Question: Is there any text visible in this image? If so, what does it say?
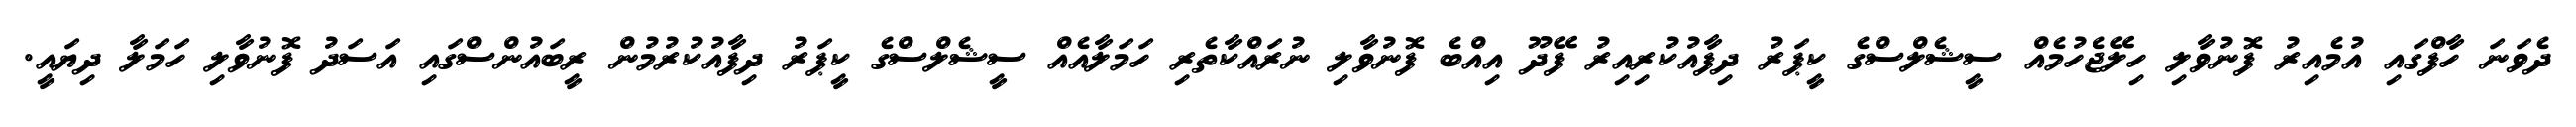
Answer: ދެވަނަ ހާފްގައި އުމެއިރު ފޮނުވާލި ހިލޭޖެހުމެއް ސީޝެލްސްގެ ކީޕަރު ދިފާއުކުރިއިރު ފޭދޫ އިއްބެ ފޮނުވާލި ނުރައްކާތެރި ހަމަލާއެއް ސީޝެލްސްގެ ކީޕަރު ދިފާއުކުރުމުން ރީބައުންސްގައި އަސަދު ފޮނުވާލި ހަމަލާ ދިޔައީ.